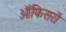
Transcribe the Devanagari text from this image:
ऑफिसरों